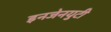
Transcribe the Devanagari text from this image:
इनजेनयुटी